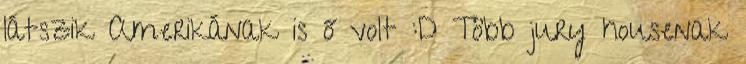
látszik Amerikának is ő volt :D Több jury housenak